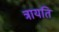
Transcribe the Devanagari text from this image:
त्रायति